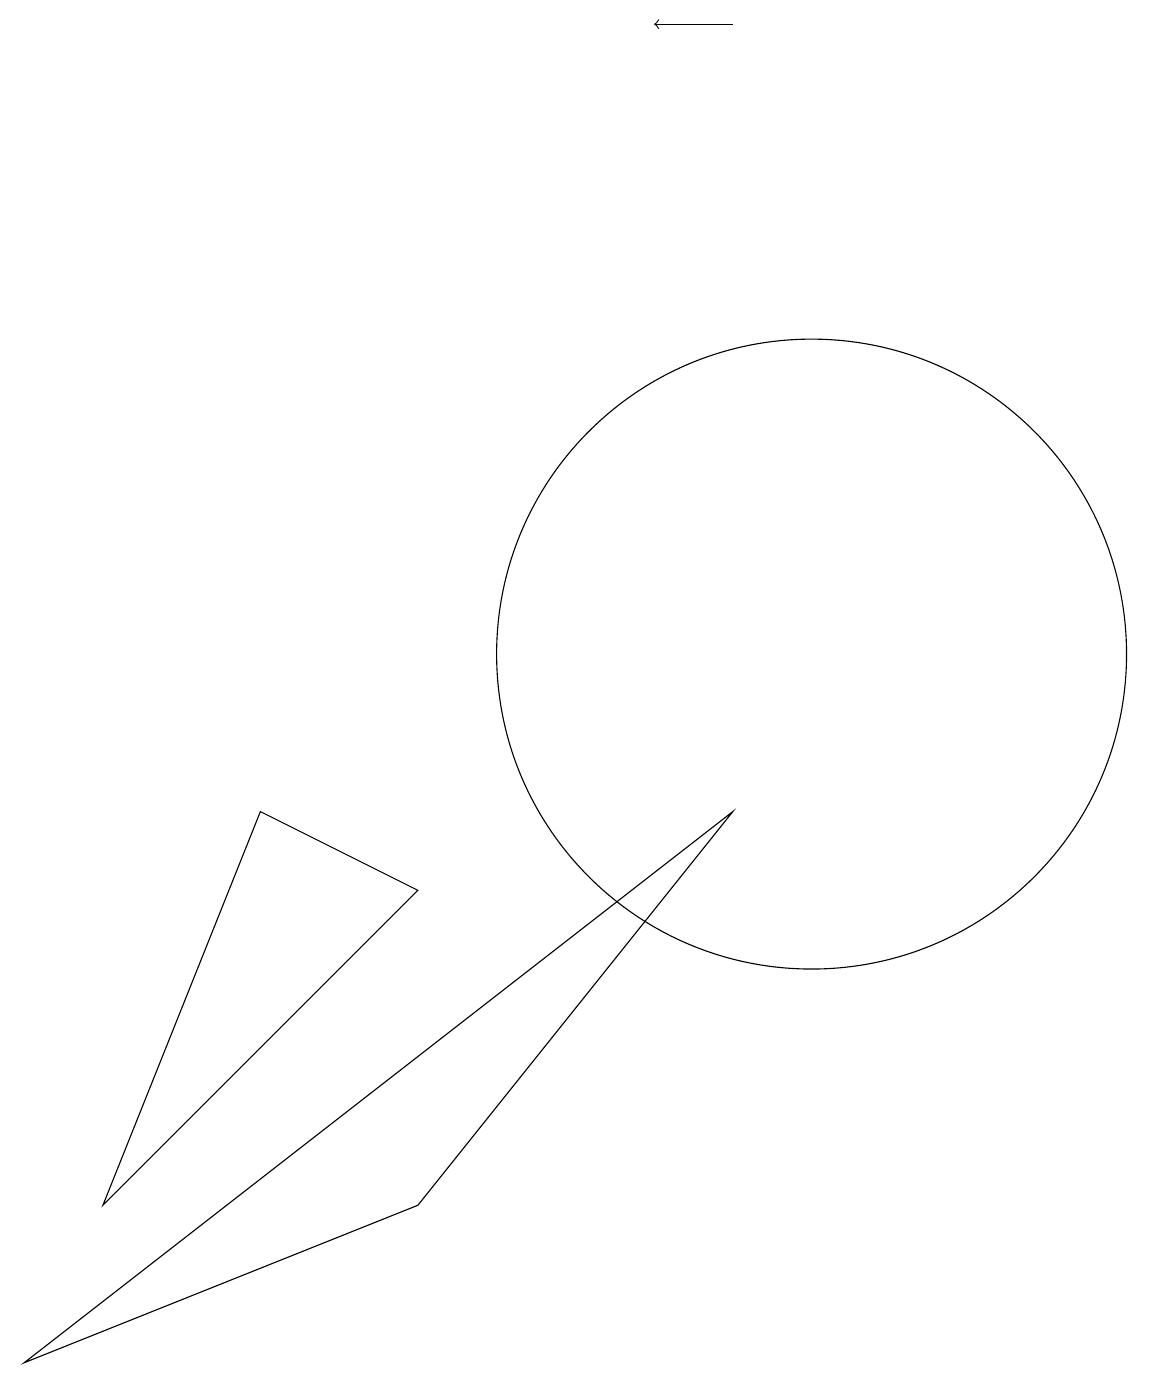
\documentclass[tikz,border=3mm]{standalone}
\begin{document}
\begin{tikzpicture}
\draw[->] (9,19) -- (8,19);
\draw (1,4) -- (3,9) -- (5,8) -- cycle;
\draw (5,12) rectangle (5,12);
\draw (10,11) circle (4);
\draw (9,9) -- (0,2) -- (5,4) -- cycle;
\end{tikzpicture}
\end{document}